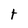
Character: t